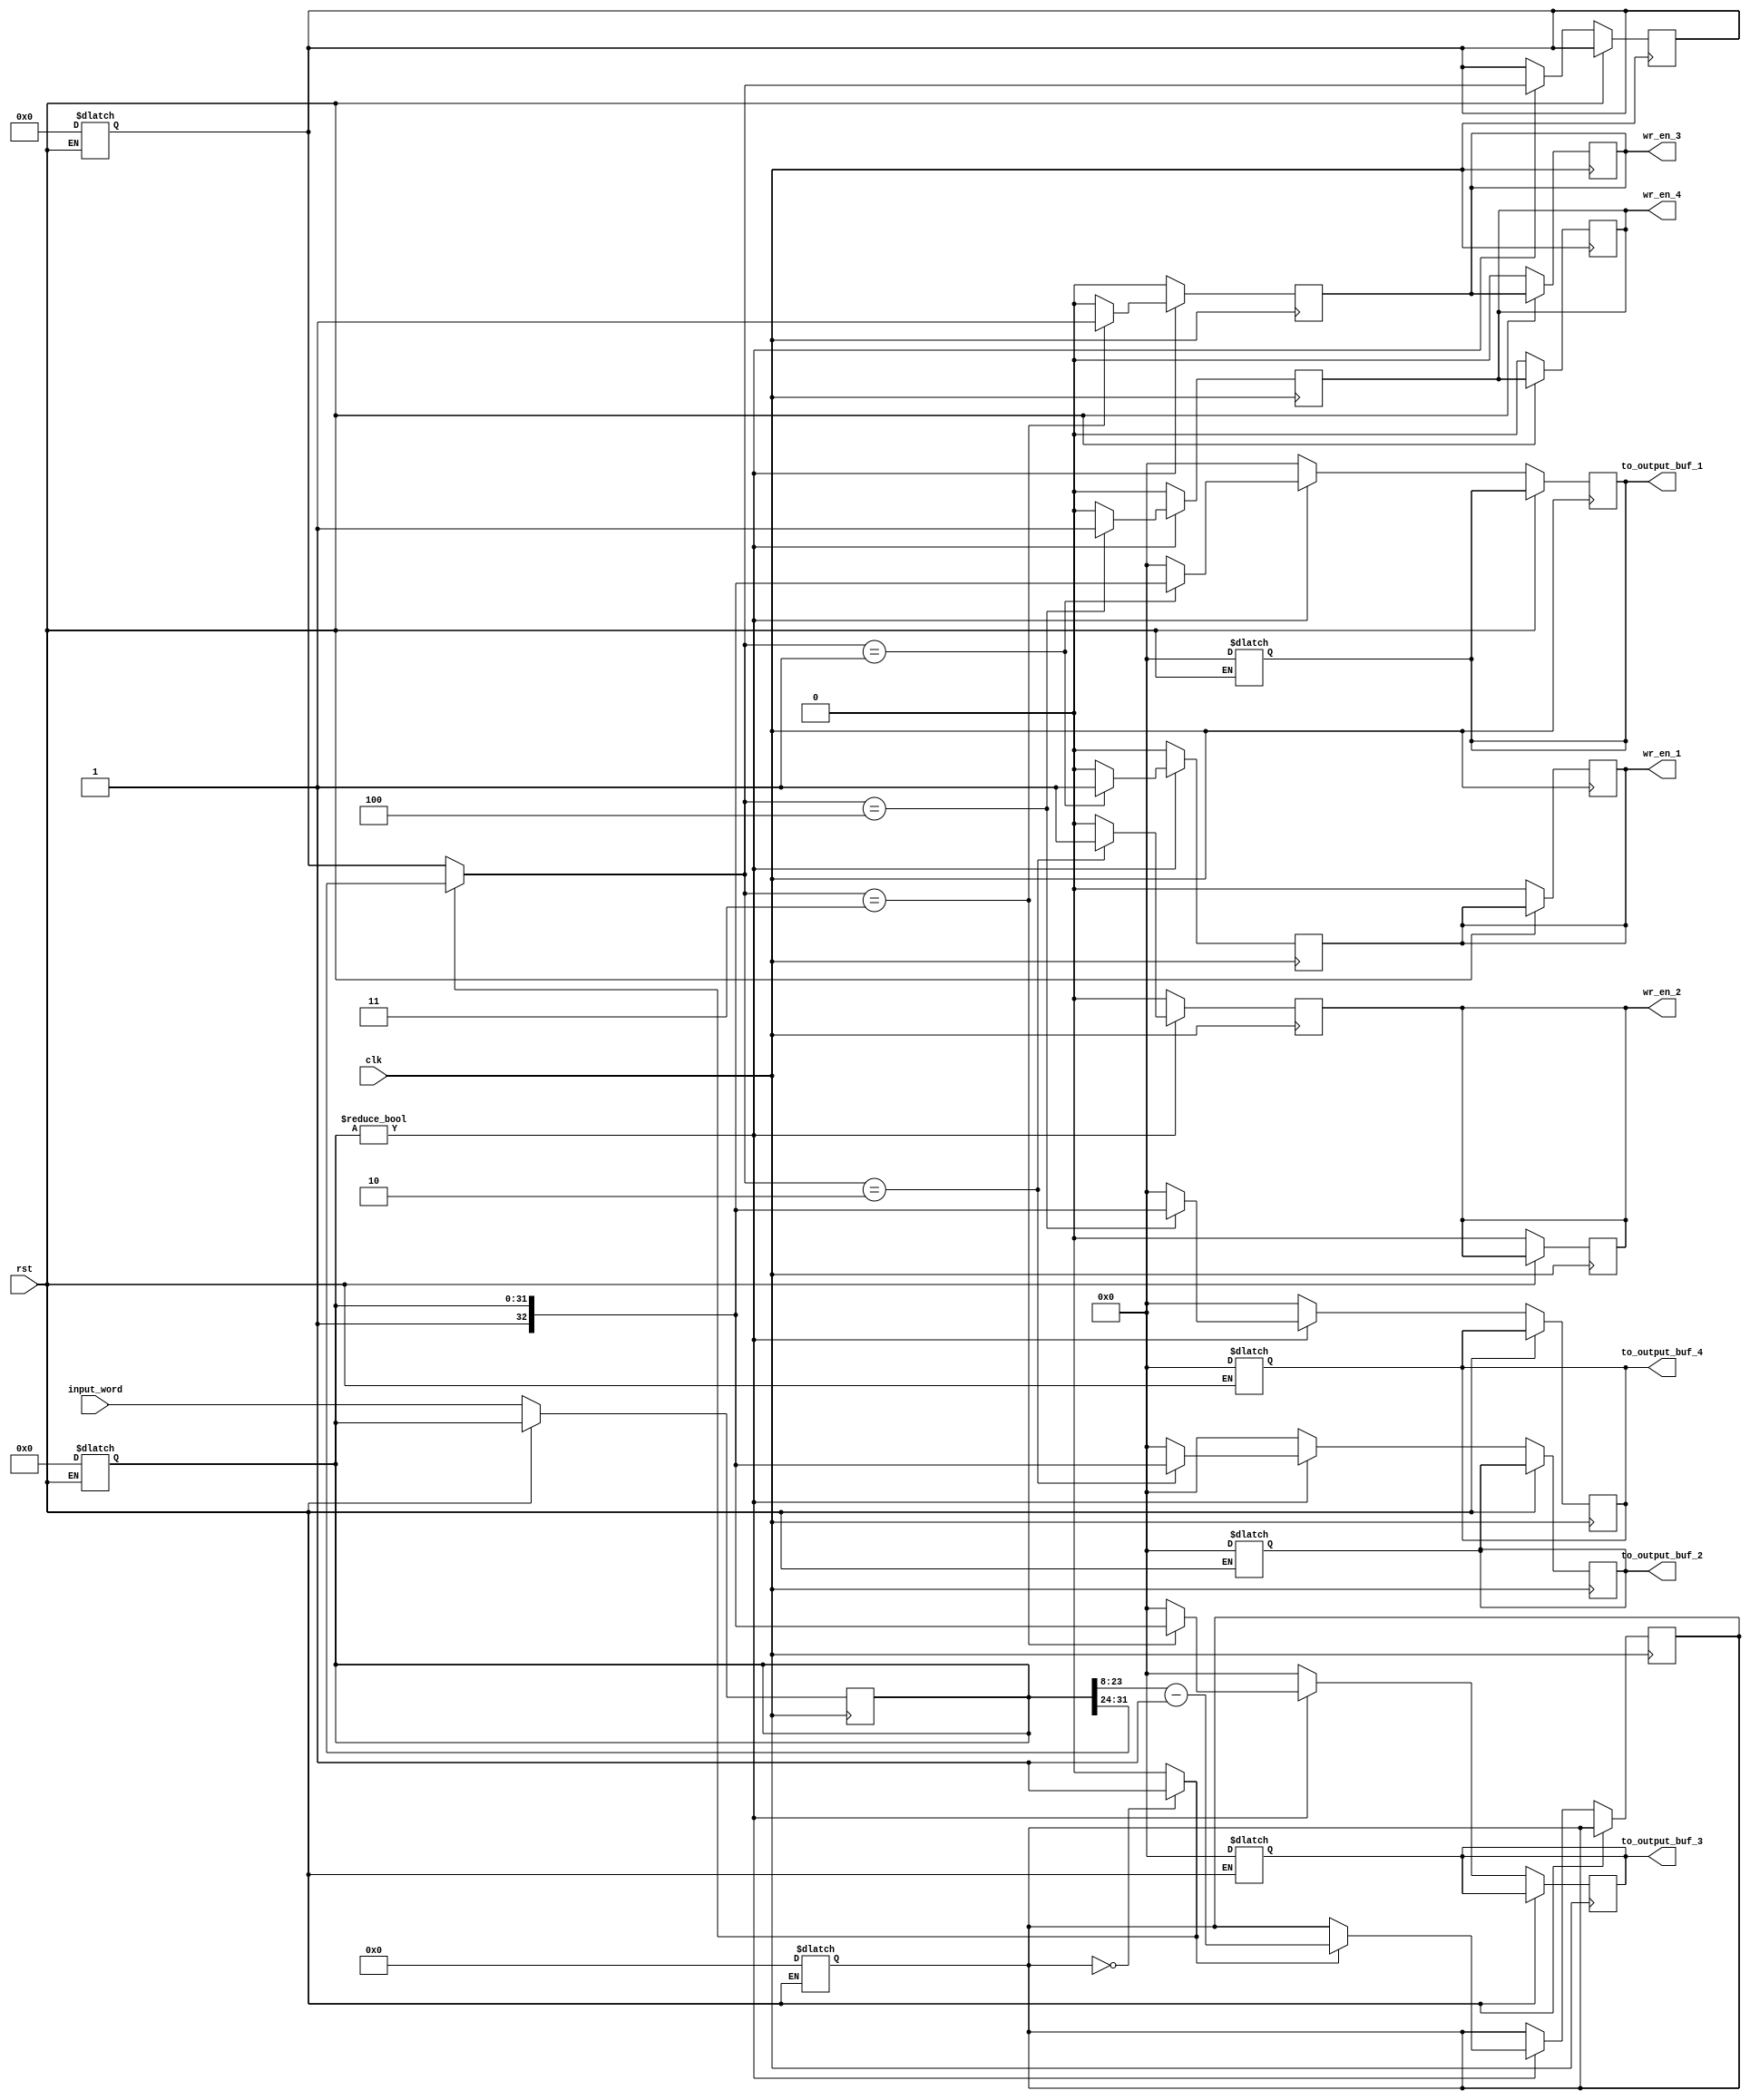
module input_daemon (
    input clk, rst,
    input [31:0] input_word,
    output reg [32:0] to_output_buf_1, to_output_buf_2, to_output_buf_3, to_output_buf_4,
    output reg wr_en_1, wr_en_2, wr_en_3, wr_en_4
);

    reg [31:0] current_input_word;
    wire [7:0] dest_id, seq_id;
    wire [15:0] pkt_length;
    reg [15:0] count_down;
    reg new_packet;
    reg [15:0] next_count_down;
    reg [7:0] last_dest_id, next_last_dest_id;
    wire [32:0] data_to_outport;

    assign dest_id = current_input_word[31: 24];
    assign pkt_length = current_input_word[23:8];
    assign seq_id = current_input_word[7:0];

    assign data_to_outport = {1'b1, current_input_word};

    always @(*) begin
        new_packet <= (count_down == 16'd0) ? 1'b1 : 1'b0;
    end

    always @(*) begin
        next_count_down = (new_packet == 1'b1) ? (pkt_length - 1) : (count_down);
    end

    always @(*) begin
        next_last_dest_id = (new_packet == 1'b1) ? dest_id : last_dest_id;
    end

    always @(rst) begin
        if(rst == 1'b1) begin 
            count_down <= 16'd0;
            last_dest_id <= 8'd0;
            current_input_word <= 32'd0;
            to_output_buf_1 <= 33'd0;
            to_output_buf_2 <= 33'd0;
            to_output_buf_3 <= 33'd0;
            to_output_buf_4 <= 33'd0;
        end
    end

    always @(negedge clk) begin
        if(current_input_word != 32'd0) begin
            wr_en_1 <= (next_last_dest_id == 8'd1) ? 1'b1 : 1'b0;
            wr_en_2 <= (next_last_dest_id == 8'd2) ? 1'b1 : 1'b0;
            wr_en_3 <= (next_last_dest_id == 8'd3) ? 1'b1 : 1'b0;
            wr_en_4 <= (next_last_dest_id == 8'd4) ? 1'b1 : 1'b0;
        end else begin
            wr_en_1 <= 33'b0;
            wr_en_2 <= 33'b0;
            wr_en_3 <= 33'b0;
            wr_en_4 <= 33'b0;
        end
    end

    always @(posedge clk) begin
         if(rst != 1'b1) begin
            if(current_input_word != 32'd0) begin
                count_down <= next_count_down;
                last_dest_id <= next_last_dest_id;
                to_output_buf_1 <= (next_last_dest_id == 8'd1) ? data_to_outport : 33'd0;
                to_output_buf_2 <= (next_last_dest_id == 8'd2) ? data_to_outport : 33'd0;
                to_output_buf_3 <= (next_last_dest_id == 8'd3) ? data_to_outport : 33'd0;
                to_output_buf_4 <= (next_last_dest_id == 8'd4) ? data_to_outport : 33'd0;
            end else begin
                to_output_buf_1 <= 33'd0;
                to_output_buf_2 <= 33'd0;
                to_output_buf_3 <= 33'd0;
                to_output_buf_4 <= 33'd0;
            end
            current_input_word <= input_word;
            wr_en_1 <= 33'b0;
            wr_en_2 <= 33'b0;
            wr_en_3 <= 33'b0;
            wr_en_4 <= 33'b0;
        end

    end


endmodule